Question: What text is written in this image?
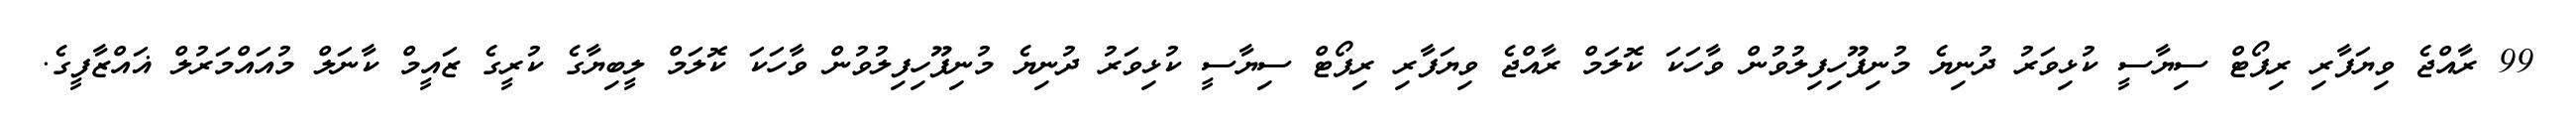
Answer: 99 ރާއްޖެ ވިޔަފާރި ރިޕޯޓް ސިޔާސީ ކުޅިވަރު ދުނިޔެ މުނިފޫހިފިލުވުން ވާހަކަ ކޮލަމް ރާއްޖެ ވިޔަފާރި ރިޕޯޓް ސިޔާސީ ކުޅިވަރު ދުނިޔެ މުނިފޫހިފިލުވުން ވާހަކަ ކޮލަމް ލީބިޔާގެ ކުރީގެ ޒައީމް ކާނަލް މުއައްމަރުލް ޣައްޒާފީގެ.